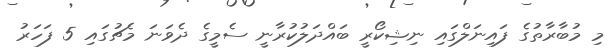
މި މުބާރާތުގެ ފައިނަލްގައި ނިޝިކޯރީ ބައްދަލުކުރާނީ ސެމީގެ ދެވަނަ މެޗުގައި 5 ފަހަރު